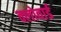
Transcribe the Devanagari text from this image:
क्लोवार्ड